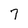
Character: 7